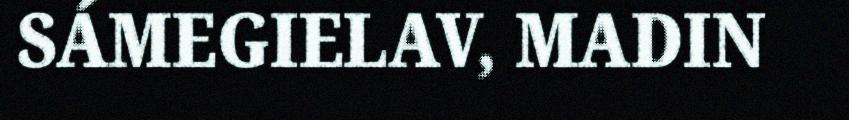
SÁMEGIELAV, MADIN